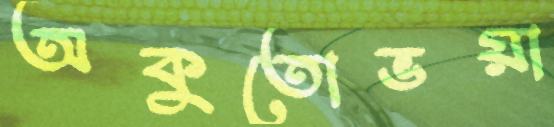
অকুতোভয়া